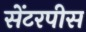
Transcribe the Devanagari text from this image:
सेंटरपीस